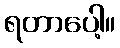
ရတာပေါ့။